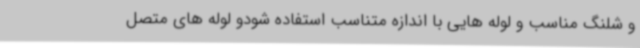
و شلنگ مناسب و لوله هایی با اندازه متناسب استفاده شودو لوله های متصل